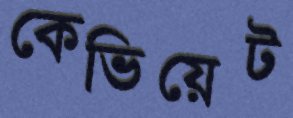
কেভিয়েট